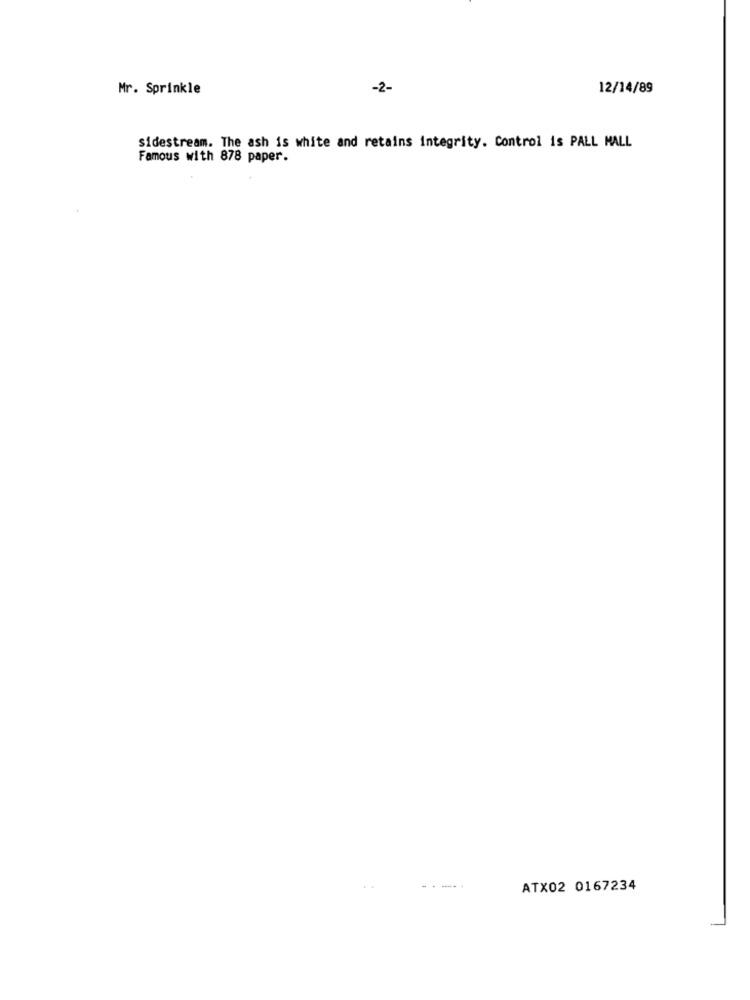
Mr. Sprinkle
-2-
12/14/89
sidestream. The ash is white and retains integrity. Control is PALL MALL
Famous with 878 paper.
ATX02 0167234